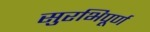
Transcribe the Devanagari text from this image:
सुरभिपूर्ण